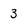
Character: 3